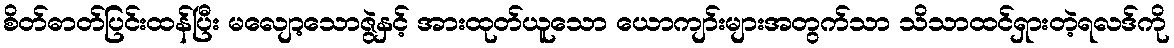
စိတ်ဓာတ်ပြင်းထန်ပြီး မလျော့သောဇွဲနှင့် အားထုတ်ယူသော ယောကျာ်းများအတွက်သာ သိသာထင်ရှားတဲ့ရလဒ်ကို